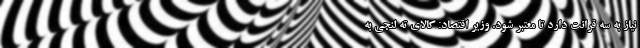
نیاز به سه قرائت دارد تا معتبر شود. وزیر اقتصاد: کالای ته لنجی به